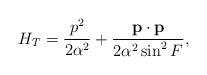
LaTeX: \begin{align*}H_T=\frac{p^2}{2\alpha ^2}+\frac{{\bf p\cdot p}}{2\alpha ^2\sin ^2F},\end{align*}